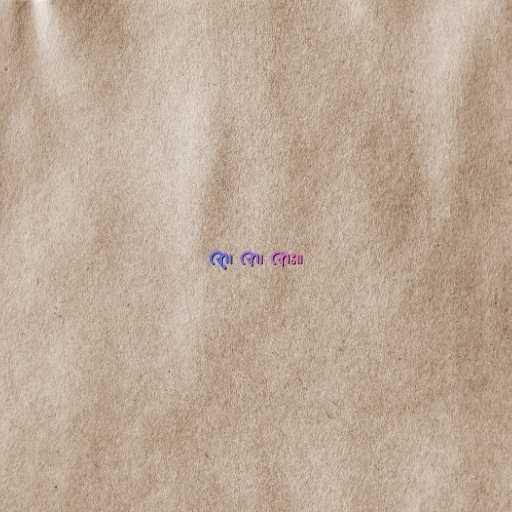
ဇာ့၊ ဇာ၊ ဇား။